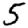
Digit: 5